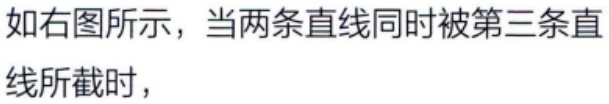
如右图所示，当两条直线同时被第三条直线所截时，